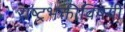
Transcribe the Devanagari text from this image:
राष्ट्रभक्तीविषयी